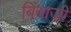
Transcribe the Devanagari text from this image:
बिंबाजी